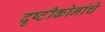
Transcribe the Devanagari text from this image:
दृष्टीकोनांचे